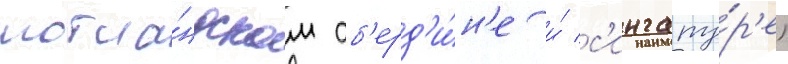
шотла́ндском аб'ерд'и́н'е и́ с'ингапу́р'е)